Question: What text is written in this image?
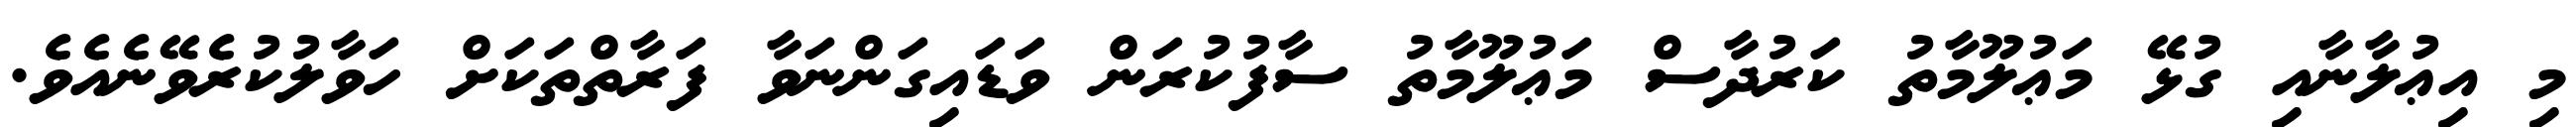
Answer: މި އިޢުލާނާއި ގުޅޭ މަޢުލޫމާތު ކަރުދާސް މަޢުލޫމާތު ސާފުކުރަން ވަޑައިގަންނަވާ ފަރާތްތަކަށް ހަވާލުކުރެވޭނެއެވެ.